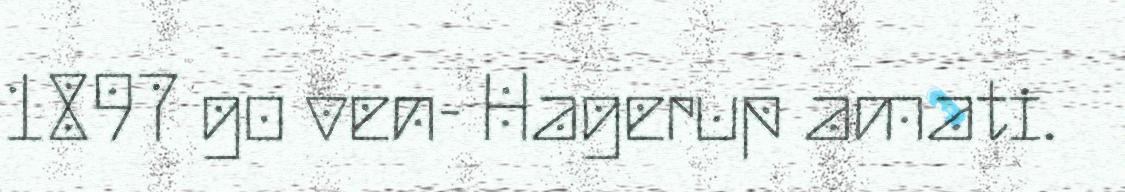
1897 go ven- Hagerup amati.